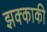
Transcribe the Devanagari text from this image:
झक्काकी